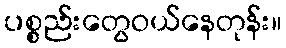
ပစ္စည်းတွေဝယ်နေတုန်း။